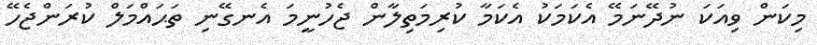
މިކަން ވިއަކަ ނުދޭނަމޭ އެކަމަކު އެކަމާ ކުރިމަތިލާން ޖެހުނީމަ އެނގޭނި ތަޙައްމަލް ކުރަންޖެހޭ